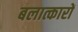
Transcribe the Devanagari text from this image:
बलात्कारों